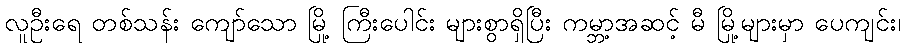
လူဦးရေ တစ်သန်း ကျော်သော မြို့ ကြီးပေါင်း များစွာရှိပြီး ကမ္ဘာ့အဆင့် မီ မြို့များမှာ ပေကျင်း၊